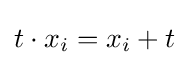
t\cdot x_{i}=x_{i}+t